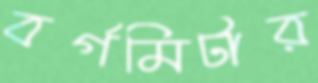
বর্গমিটার